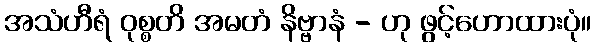
အသံဟီရံ ဝုစ္စတိ အမတံ နိဗ္ဗာနံ - ဟု ဖွင့်ဟောထားပုံ။